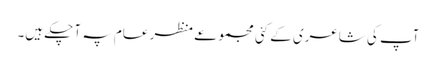
آپ کی شاعری کے کئی مجموعے منظر عام پہ آ چکے ہیں۔